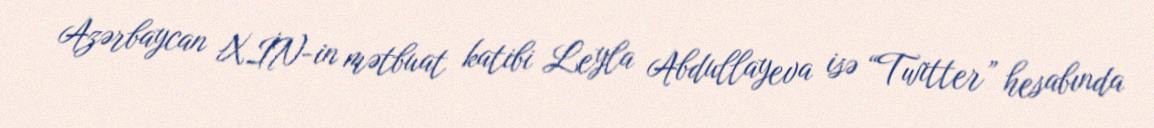
Azərbaycan XİN-in mətbuat katibi Leyla Abdullayeva isə “Twitter” hesabında